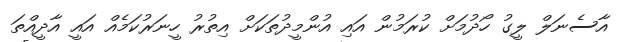
އާސެނަލް ލީގު ހޯދުމަށް ކުރަމުން އައި އުންމީދުތަކަށް އިތުރު ހީނަރުކަމެއް އައީ އާދީއްތަ